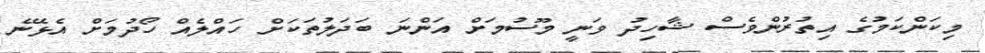
މިކަންކަމުގެ އިތުރުންވެސް ޝާހިދު ވަނީ މޫސުމަށް އަންނަ ބަދަލުތަކަށް ހައްލެއް ހޯދުމަށް އެޅޭނެ